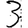
Digit: 3